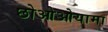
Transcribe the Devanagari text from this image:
छोओओयामा